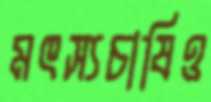
মৎস্যচাষিও